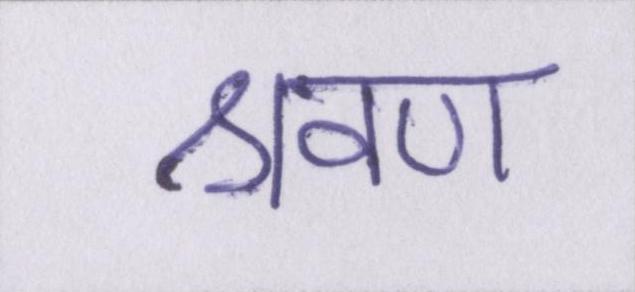
श्रवण